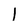
Character: 1